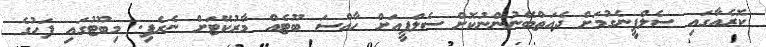
ކޮރެއާގައި ސެލްފީނެގުމަށް ދެއަތްބޭނުންނުކޮށް ސެލްފީއަށް ހާއްސަ ބޫޓެއް މާރުކޭޓަށް ނެރެފި. މިބޫޓުގައި ފަހުގެ